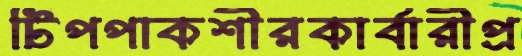
টিপপাকশীরকার্বারীপ্র